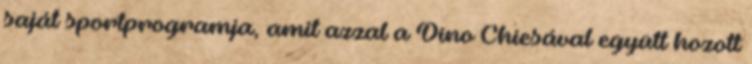
saját sportprogramja, amit azzal a Dino Chiesával együtt hozott